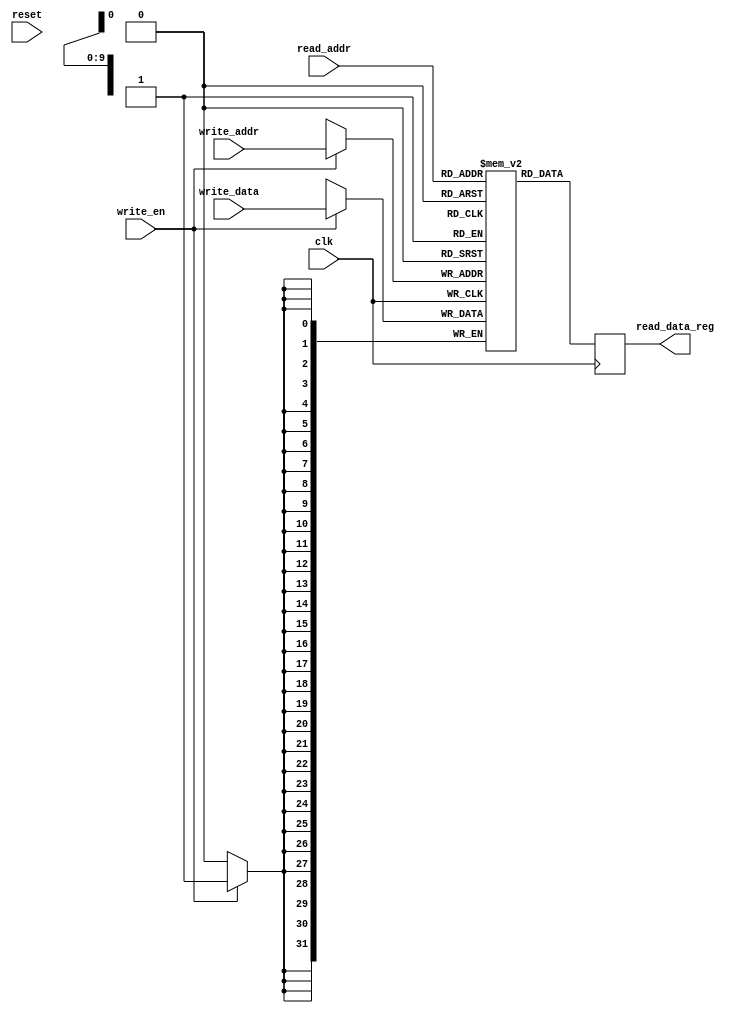
//////////////////////////////////////////////////////////////////////////////////
// 
// Design Name: risc-v 
// Module Name: fetch
// Project Name: 
// Target Devices: 
// Tool Versions: 
// Description: 
// 
// Dependencies: 
// 
// Revision:
// Revision 0.01 - File Created
// Additional Comments:
// 
//////////////////////////////////////////////////////////////////////////////////

module fetch
    #(
        parameter ADDR_WIDTH = 10,
        parameter DATA_WIDTH = 32,
        parameter WORDS = 1024
    )
    (
        input wire clk,
        input wire reset, // not used here
        input wire [ADDR_WIDTH - 1: 0] read_addr,
        input wire [ADDR_WIDTH - 1: 0] write_addr,
        input wire [DATA_WIDTH - 1: 0] write_data,
        input wire write_en,
        output reg [DATA_WIDTH - 1: 0] read_data_reg
    );

    reg [DATA_WIDTH - 1: 0] mem [0: WORDS - 1];

    always @(posedge clk) begin
		read_data_reg <= mem[read_addr];
		if (write_en)
            mem[write_addr] <= write_data;
	end
endmodule